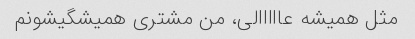
مثل همیشه عااااالی، من مشتری همیشگیشونم